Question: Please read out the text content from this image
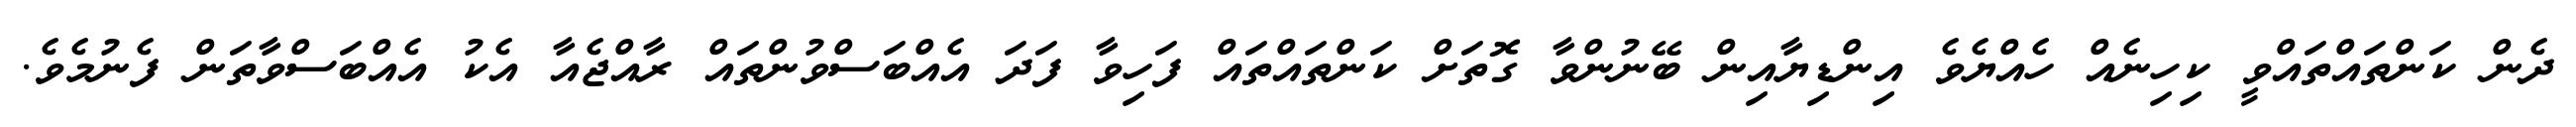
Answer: ދެން ކަންތައްތައްވީ ކިހިނެއް ހެއްޔެވެ އިންޑިޔާއިން ބޭނުންވާ ގޮތަށް ކަންތައްތައް ފަހިވާ ފަދަ އެއްބަސްވުންތައް ރާއްޖެއާ އެކު އެއްބަސްވާތަން ފެނުމެވެ.